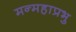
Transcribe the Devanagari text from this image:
मन्महाप्रभु